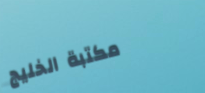
مكتبة الخليج